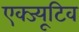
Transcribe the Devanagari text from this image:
एक्ज्यूटिव